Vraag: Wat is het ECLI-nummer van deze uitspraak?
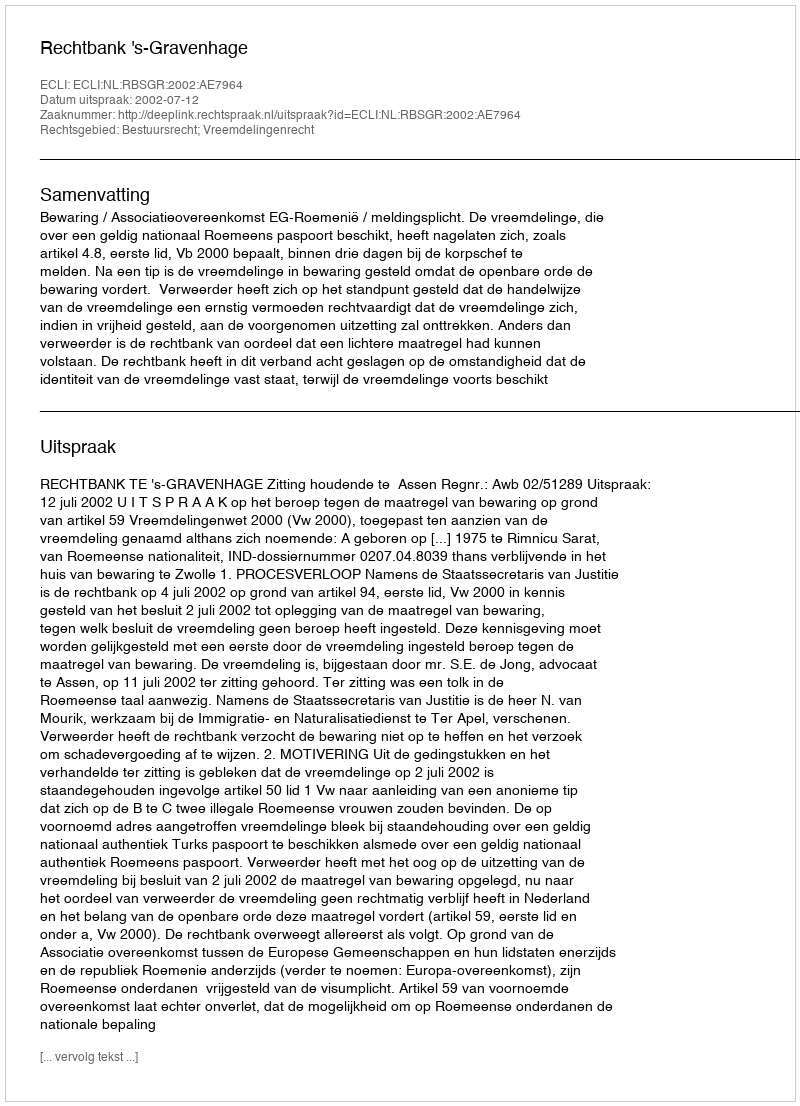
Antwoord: ECLI:NL:RBSGR:2002:AE7964